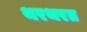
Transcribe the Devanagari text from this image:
थरथरत